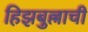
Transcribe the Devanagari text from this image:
हिझबुल्लाची